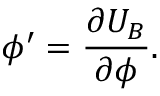
\phi ^ { \prime } = \frac { \partial U _ { B } } { \partial \phi } .